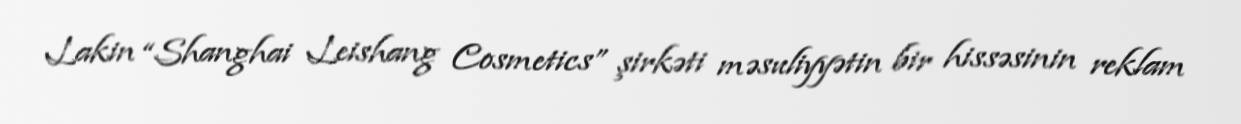
Lakin “Shanghai Leishang Cosmetics” şirkəti məsuliyyətin bir hissəsinin reklam